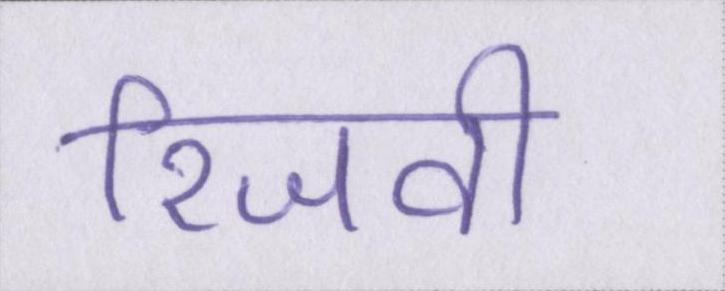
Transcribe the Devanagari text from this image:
रिजवी